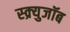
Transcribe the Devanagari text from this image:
स्क्र्युजॉब